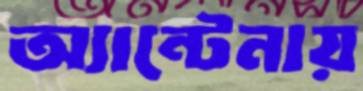
অ্যান্টেনায়